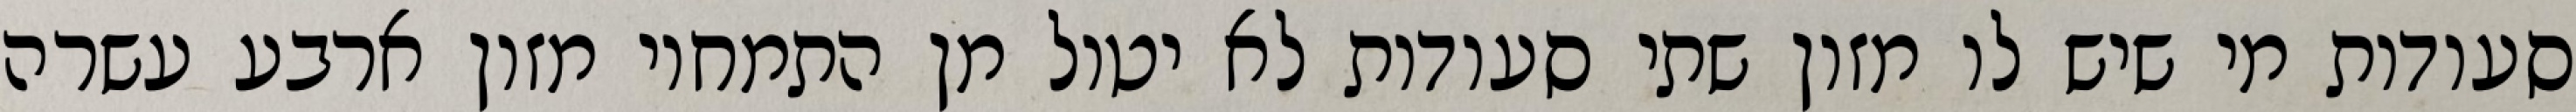
סעודות מי שיש לו מזון שתי סעודות לא יטול מן התמחוי מזון ארבע עשרה